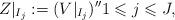
LaTeX: \begin{align*} Z|_{I_j} := (V|_{I_j})'' 1 \leqslant j \leqslant J, \end{align*}